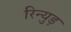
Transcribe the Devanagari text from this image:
रिन्युड़